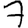
Digit: 7